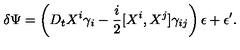
\delta \Psi = \left( D _ { t } X ^ { i } \gamma _ { i } - { \frac { i } { 2 } } [ X ^ { i } , X ^ { j } ] \gamma _ { i j } \right) \epsilon + \epsilon ^ { \prime } .